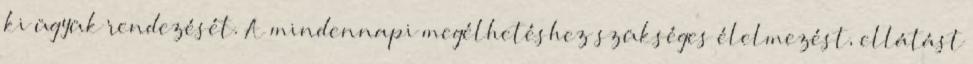
ki ügyük rendezését. A mindennapi megélhetéshez szükséges élelmezést, ellátást